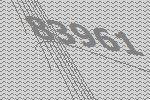
83961